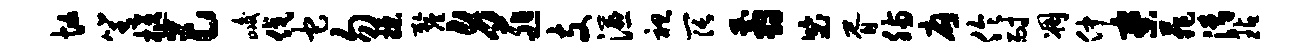
忙箐柩巴峻伐它勿揲厘身匪支湿袒阔翦毖胥肠应伶耐凋仲寮菲清玷